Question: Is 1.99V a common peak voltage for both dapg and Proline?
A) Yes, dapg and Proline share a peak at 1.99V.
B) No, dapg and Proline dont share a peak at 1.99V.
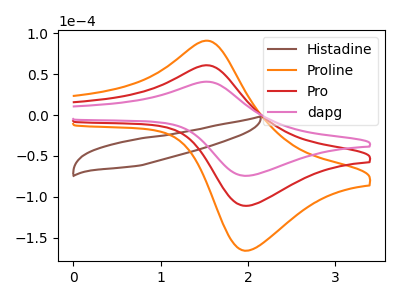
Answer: <think>The brown curve "Histadine" has no peaks. The orange curve "Proline" has an anodic peak at (1.50V, 121.40uA) and a cathodic peak at (2.00V, -221.85uA). The red curve "Pro" has an anodic peak at (1.50V, 60.70uA) and a cathodic peak at (2.00V, -110.90uA). The pink curve "dapg" has an anodic peak at (1.50V, 40.65uA) and a cathodic peak at (2.00V, -74.25uA).</think>
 <answer>A) Yes, "dapg" and "Proline" share a peak at 1.99V.</answer>
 <eval>A</eval>